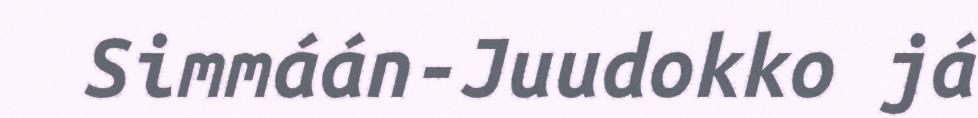
Simmáán-Juudokko já